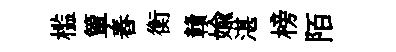
槛簞舂衡贛媮湛榜陌